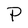
Character: P